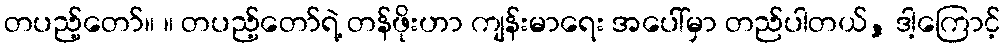
တပည့်တော်။ ။ တပည့်တော်ရဲ့ တန်ဖိုးဟာ ကျန်းမာရေး အပေါ်မှာ တည်ပါတယ်, ဒါ့ကြောင့်